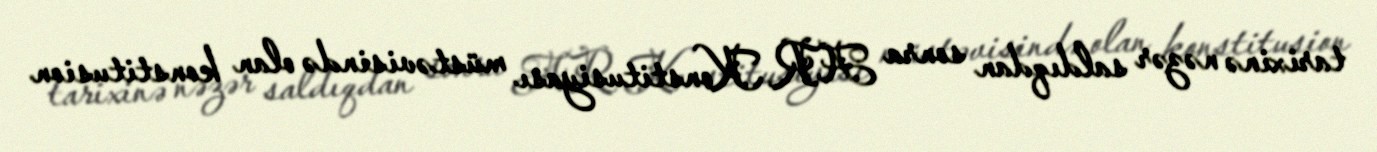
tarixinə nəzər saldıqdan sonra AR Konstitusiyası müstəvisində olan konstitusion